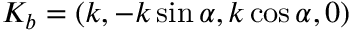
K _ { b } = ( k , - k \sin \alpha , k \cos \alpha , 0 )